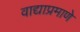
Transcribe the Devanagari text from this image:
वाद्याप्रमाणे